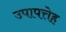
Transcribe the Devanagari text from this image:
उपापत्तेह